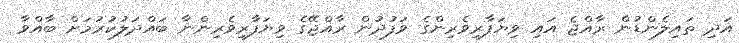
އަދި ތައިލެންޑުން ރާއްޖެ އައި ވިޔަފާރިވެރިންގެ ވަފުދުން ރާއްޖޭގެ ވިޔަފާރިވެރިންނާ ބައްދަލުކުރުމަށް ބާއްވާ